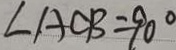
\angle A C B = 9 0 ^ { \circ }